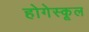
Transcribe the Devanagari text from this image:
होगेस्कूल